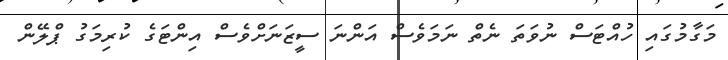
މަގާމުގައި ހުއްޓަސް ނުވަތަ ނެތް ނަމަވެސް އަންނަ ސީޒަނަށްވެސް އިންޓަގެ ކުރިމަގު ޕްލޭން